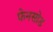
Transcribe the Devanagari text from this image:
फेनसोड